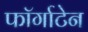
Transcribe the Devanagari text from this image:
फॉर्गाटेन